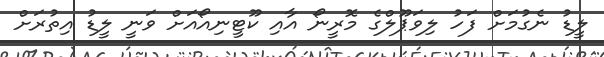
ލީޑު ނެގުމަށް ފަހު ލިވަޕޫލްގެ މޮރީނޯ އާއި ކޫޓީނިއޯއަށް ވަނީ ލީޑު އިތުރަށް